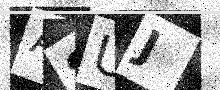
Text: A8UJ